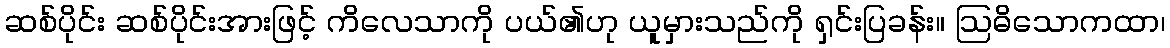
ဆစ်ပိုင်း ဆစ်ပိုင်းအားဖြင့် ကိလေသာကို ပယ်၏ဟု ယူမှားသည်ကို ရှင်းပြခန်း။ ဩဓိသောကထာ၊